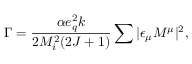
\Gamma = \frac { \alpha e _ { q } ^ { 2 } k } { 2 M _ { i } ^ { 2 } ( 2 J + 1 ) } \sum | \epsilon _ { \mu } M ^ { \mu } | ^ { 2 } ,